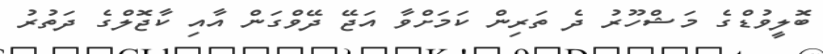
ބޮލީވުޑްގެ މަޝްހޫރު ދެ ތަރިން ކަމަށްވާ އަޖޭ ދޭވްގަން އާއި ކާޖޮލްގެ ދަތުރު